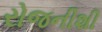
રોજનીશી